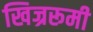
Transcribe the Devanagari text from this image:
खिज्ररूमी